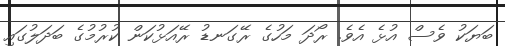
ބަޔަކު ވެސް އުޅެ އެވެ. ރޯދަ މަހުގެ ރޭގަނޑު ރޭއަޅުކަން ކުރުމުގެ ބަދަލުގައި